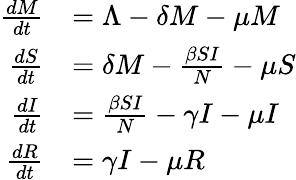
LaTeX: {\begin{array}{rl}{{\frac{dM}{dt}}}&{=\Lambda-\delta M-\mu M}\\ {{\frac{dS}{dt}}}&{=\delta M-{\frac{\beta SI}{N}}-\mu S}\\ {{\frac{dI}{dt}}}&{={\frac{\beta SI}{N}}-\gamma I-\mu I}\\ {{\frac{dR}{dt}}}&{=\gamma I-\mu R}\end{array}}